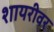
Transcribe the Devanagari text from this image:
शायरीवर